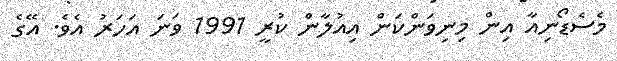
މެސެޑޯނިއާ އިން މިނިވަންކަން އިއުލާން ކުރީ 1991 ވަނަ އަހަރު އެވެ. އޭގެ